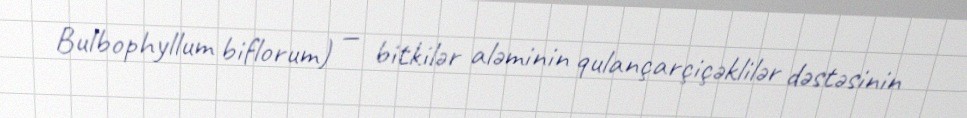
Bulbophyllum biflorum) — bitkilər aləminin qulançarçiçəklilər dəstəsinin